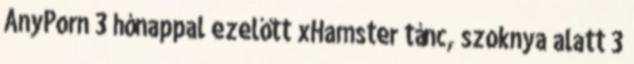
AnyPorn 3 hónappal ezelőtt xHamster tánc, szoknya alatt 3